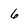
Character: 6